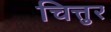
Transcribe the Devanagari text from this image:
चित्तुर